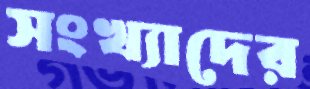
সংখ্যাদের